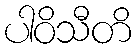
ပါဝိသီတိ